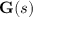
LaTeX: \mathbf { G } ( s )